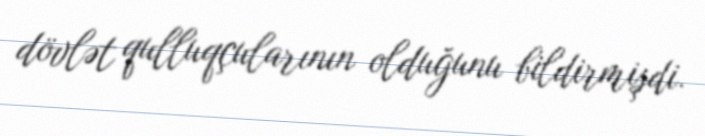
dövlət qulluqçularının olduğunu bildirmişdi.